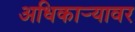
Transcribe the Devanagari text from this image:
अधिकार्‍यावर